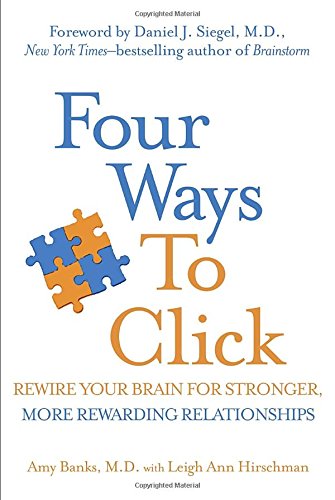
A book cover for Four Ways to Click: Rewire Your Brain for Stronger, More Rewarding Relationships; Amy Banks; Self-Help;